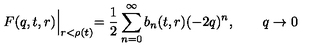
F ( q , t , r ) \Bigl | _ { r < \rho ( t ) } = \frac { 1 } { 2 } \sum _ { n = 0 } ^ { \infty } b _ { n } ( t , r ) ( - 2 q ) ^ { n } , \qquad q \to 0